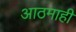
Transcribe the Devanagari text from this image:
आठमाही